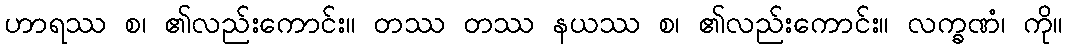
ဟာရဿ စ၊ ၏လည်းကောင်း။ တဿ တဿ နယဿ စ၊ ၏လည်းကောင်း။ လက္ခဏံ၊ ကို။